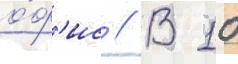
о́ф'ис // В 10